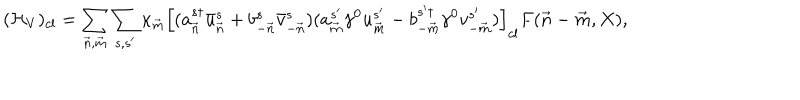
( { \cal H } _ { V } ) _ { c l } = \sum _ { { \vec { n } } , { \vec { m } } } \sum _ { s , s ^ { \prime } } \kappa _ { \vec { m } } \left[ ( a _ { \vec { n } } ^ { s \dagger } \bar { u } _ { \vec { n } } ^ { s } + b _ { - { \vec { n } } } ^ { s } \bar { v } _ { - { \vec { n } } } ^ { s } ) ( a _ { \vec { m } } ^ { s ^ { \prime } } \gamma ^ { 0 } u _ { \vec { m } } ^ { s ^ { \prime } } - b _ { - { \vec { m } } } ^ { s ^ { \prime } \dagger } \gamma ^ { 0 } v _ { - { \vec { m } } } ^ { s ^ { \prime } } ) \right] _ { c l } F ( { \vec { n } } - { \vec { m } } , X ) ,